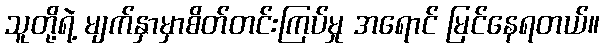
သူတို့ရဲ့ မျက်နှာမှာစိတ်တင်းကြပ်မှု အရောင် မြင်နေရတယ်။